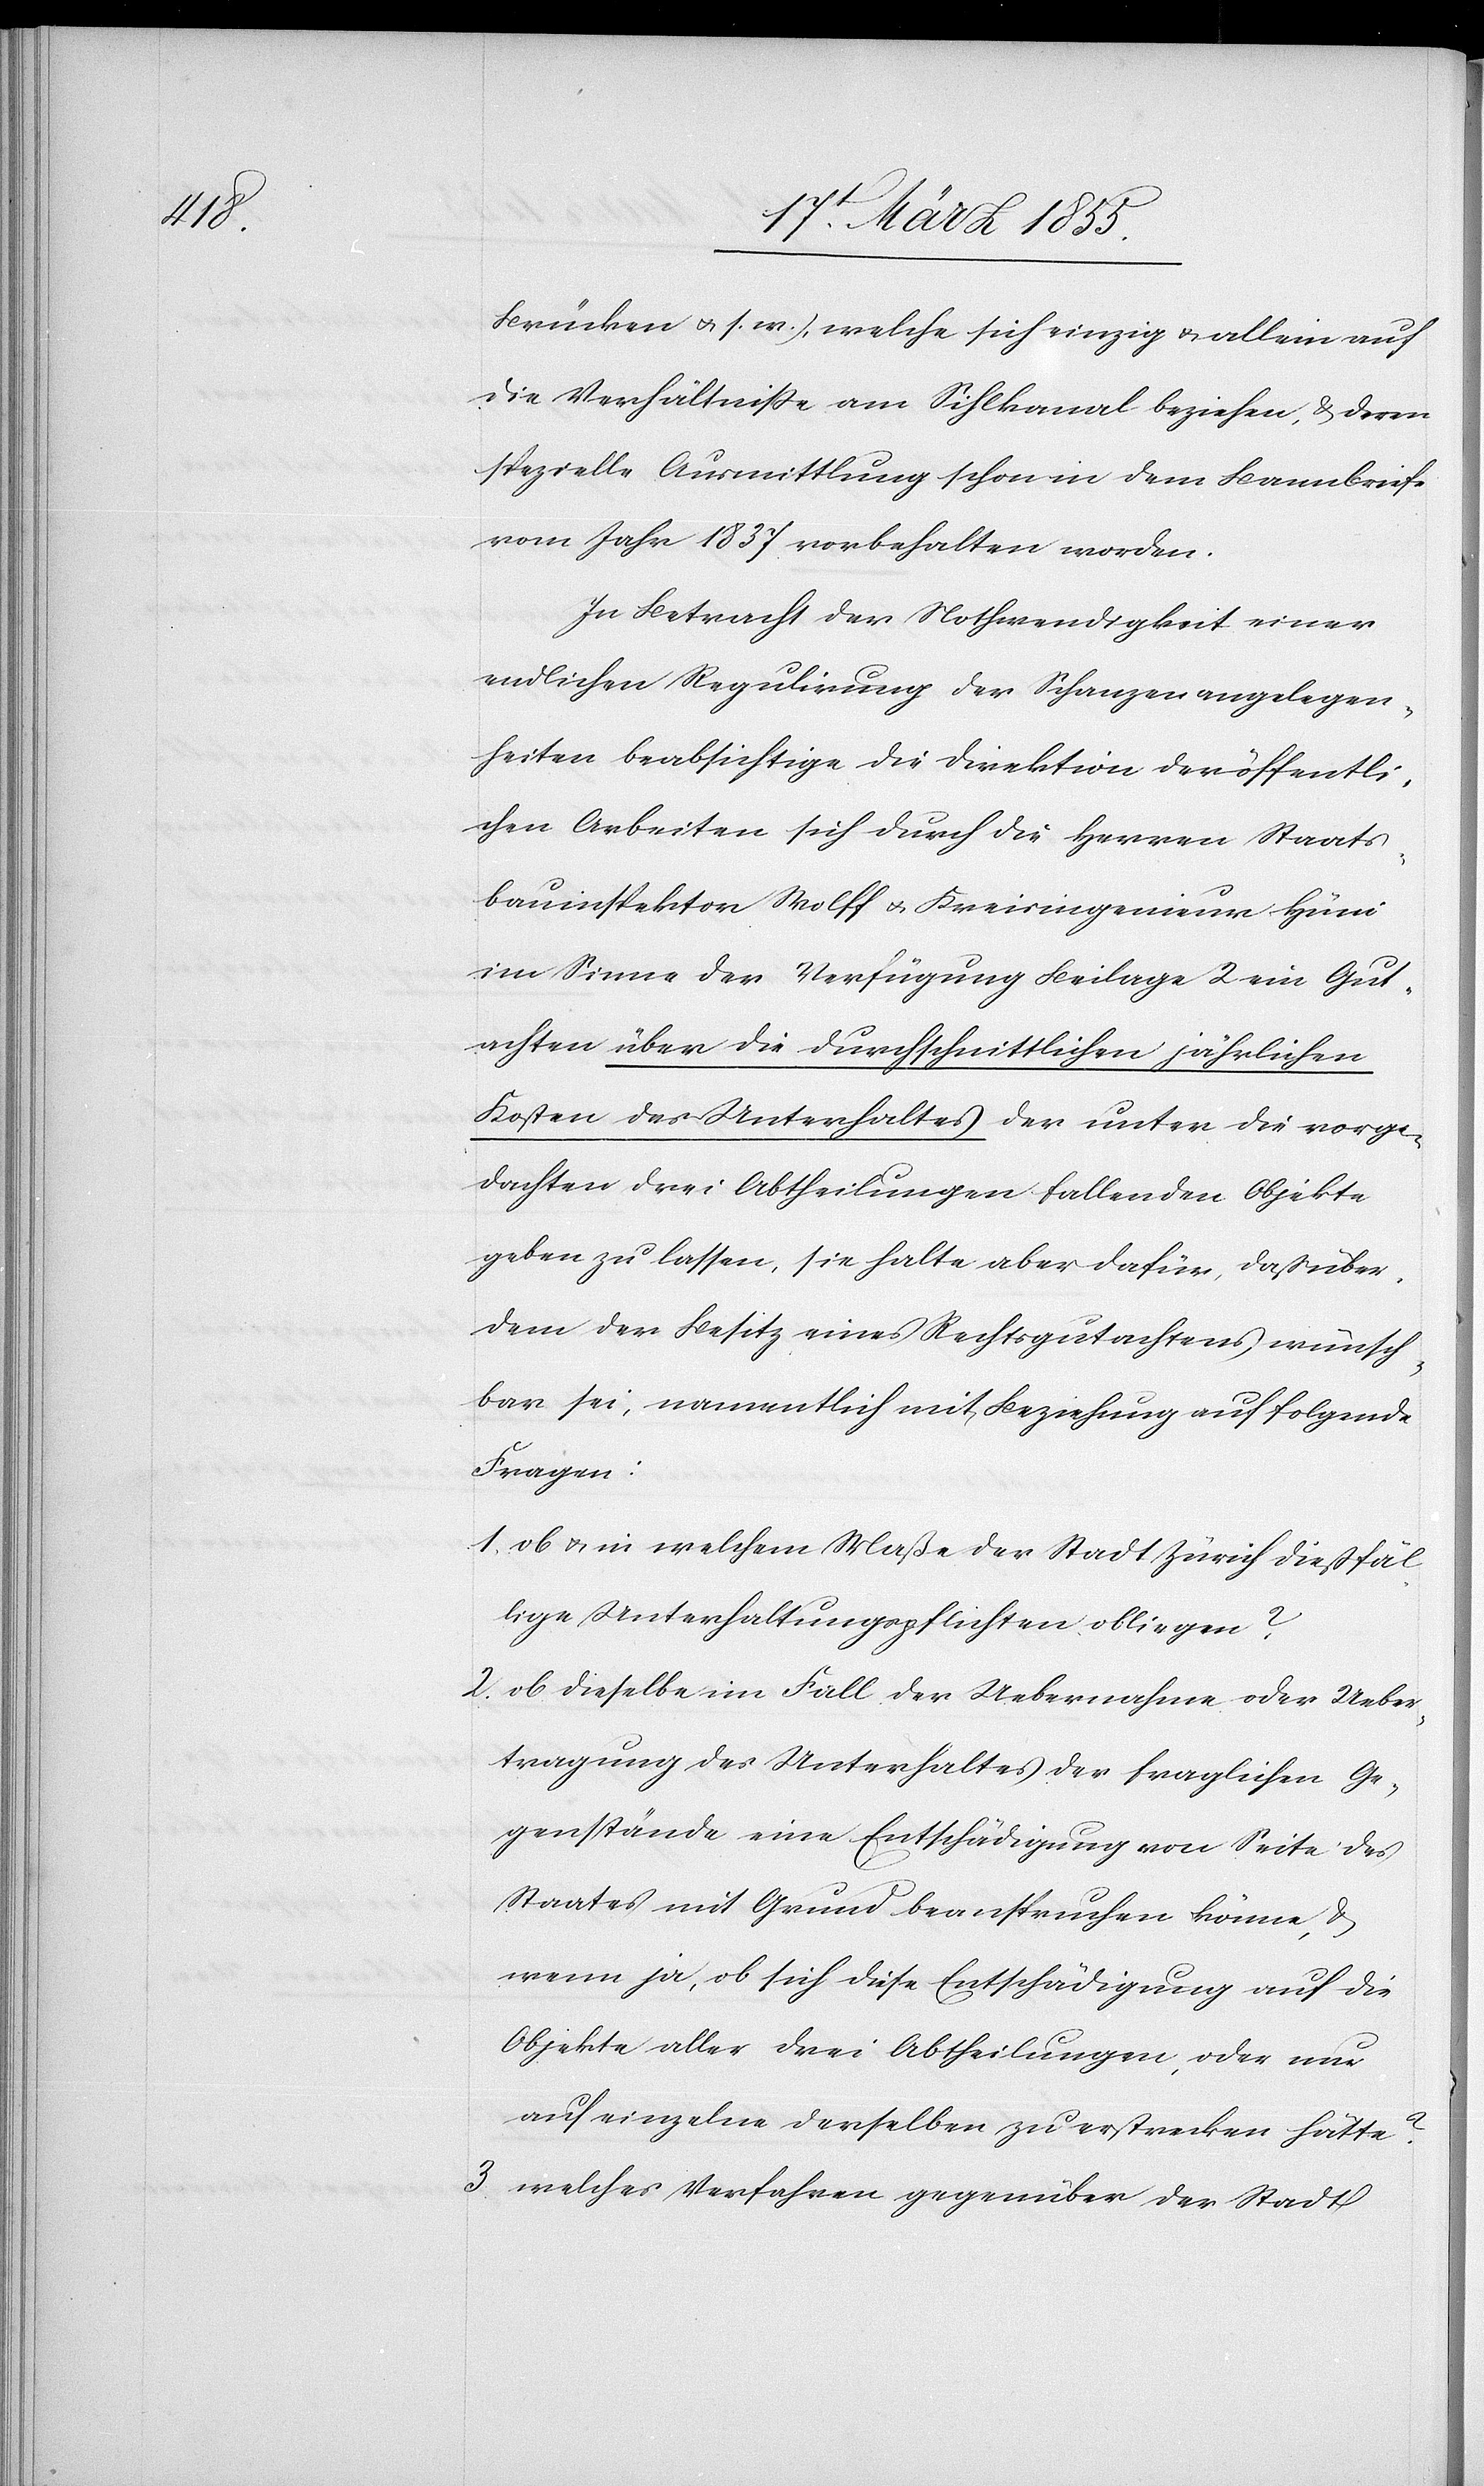
1.

Brücken & s. w.), welche sich einzig & allein auf
die Verhältniße am Sihlkanal beziehen, & deren
spezielle Ausmittlung schon in dem Bannbriefe
vom Jahr 1837 vorbehalten worden.
In Betracht der Nothwendigkeit einer
endlichen Regulirung der Schanzenangelegen¬
heiten beabsichtige die Direktion der öffentli¬
chen Arbeiten sich durch die Herren Staats¬
bauinspektor Wolff & Kreisingenieur Hüni
im Sinne der Verfügung Beilage 2 ein Gut¬
achten über die durchschnittlichen jährlichen
Kosten des Unterhaltes der unter die vorge¬
dachten drei Abtheilungen fallenden Objekte
geben zu lassen, sie halte aber dafür, daß über¬
dem der Besitz eines Rechtsgutachtens wünsch¬
bar sei, namentlich mit Beziehung auf folgende
Fragen:
ob & in welchem Maße der Stadt Zürich dießfäl¬
lige Unterhaltungspflichten obliegen?
ob dieselbe im Fall der Uebernahme oder Ueber¬
tragung des Unterhaltes der fraglichen Ge¬
genstände eine Entschädigung von Seite des
Staates mit Grund beanspruchen könne, &
wenn ja, ob sich diese Entschädigung auf die
Objekte aller drei Abtheilungen, oder nur
auf einzelne derselben zu erstrecken hätte?
welches Verfahren gegenüber der Stadt